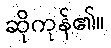
ဆိုကုန်၏။